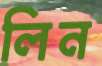
লিন